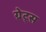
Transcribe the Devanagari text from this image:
ग्रेट्स